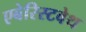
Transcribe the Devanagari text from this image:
एबेरिस्टवेथ